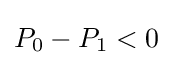
P_{0}-P_{1}<0